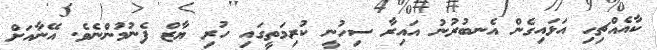
ކާއެއްޗިހި އަޅައިގެން އެނބުރުނު އައިރާ ސިހުނީ ކުރިމަތީގައި ހުރި ޔާޒް ފެނުމުންނެވެ. އޭނާއަށް